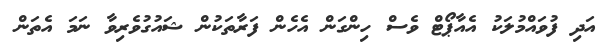
އަދި ފުވައްމުލަކު އެއާޕޯޓް ވެސް ހިންގަން އެހެން ފަރާތަކުން ޝައުގުވެރިވާ ނަމަ އެތަން